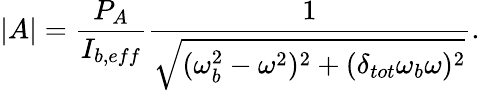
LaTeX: |A|=\frac{P_{A}}{I_{b,eff}}\frac{1}{\sqrt{(\omega_{b}^{2}-\omega^{2})^{2}+(\delta_{tot}\omega_{b}\omega)^{2}}}.